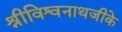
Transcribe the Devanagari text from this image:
श्रीविश्वनाथजीके